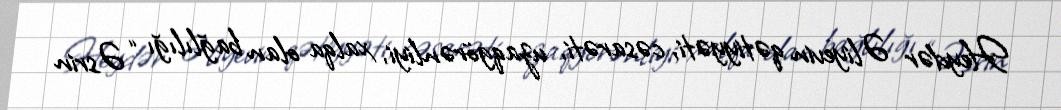
Heydər Əliyevin qətiyyəti, cəsarəti, uzaqgörənliyi, xalqa olan bağlılığı “Əsrin